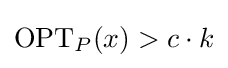
{\text{OPT}}_{P}(x)>c\cdot k